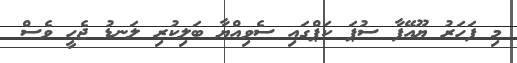
މި ފަހަރު ޔޫއޭފާ ސުޕަ ކަޕްގައި ސެވިއްޔާ ބަލިކުރި ލަނޑު ޖެހީ ވެސް